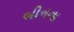
બીનના